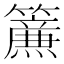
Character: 𮆴